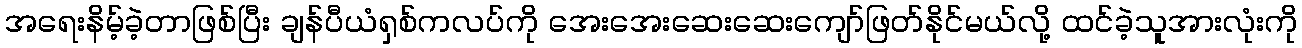
အရေးနိမ့်ခဲ့တာဖြစ်ပြီး ချန်ပီယံရှစ်ကလပ်ကို အေးအေးဆေးဆေးကျော်ဖြတ်နိုင်မယ်လို့ ထင်ခဲ့သူအားလုံးကို